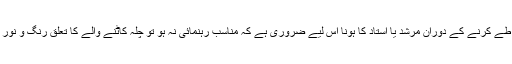
چلہ کشی یا روحانی منازل طے کرنے کے دوران مرشد یا استاد کا ہونا اس لیے ضروری ہے کہ مناسب رہنمائی نہ ہو تو چلہ کاٹنے والے کا تعلق رنگ و نور کی دنیا سے بگڑ سکتا ہے۔